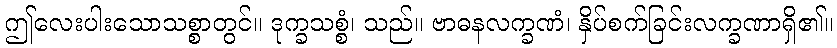
ဤလေးပါးသောသစ္စာတွင်။ ဒုက္ခသစ္စံ၊ သည်။ ဗာဓနလက္ခဏံ၊ နှိပ်စက်ခြင်းလက္ခဏာရှိ၏။